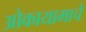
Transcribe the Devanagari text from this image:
ओकायामाचे